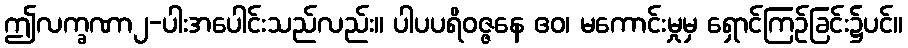
ဤလက္ခဏာ၂-ပါးအပေါင်းသည်လည်း။ ပါပပရိဝဇ္ဇနေ ဧဝ၊ မကောင်းမှုမှ ရှောင်ကြဉ်ခြင်း၌ပင်။